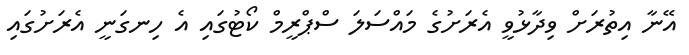
އޭނާ އިތުރަށް ވިދާޅުވީ އެރަށުގެ މައްސަލަ ސްޕްރީމް ކޯޓުގައި އެ ހިނގަނީ އެރަށުގައި